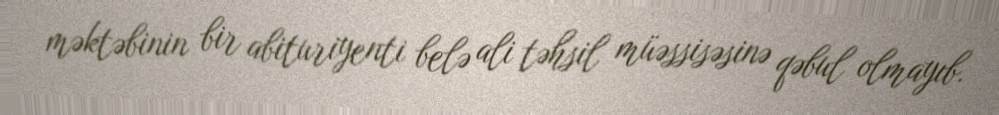
məktəbinin bir abituriyenti belə ali təhsil müəssisəsinə qəbul olmayıb.